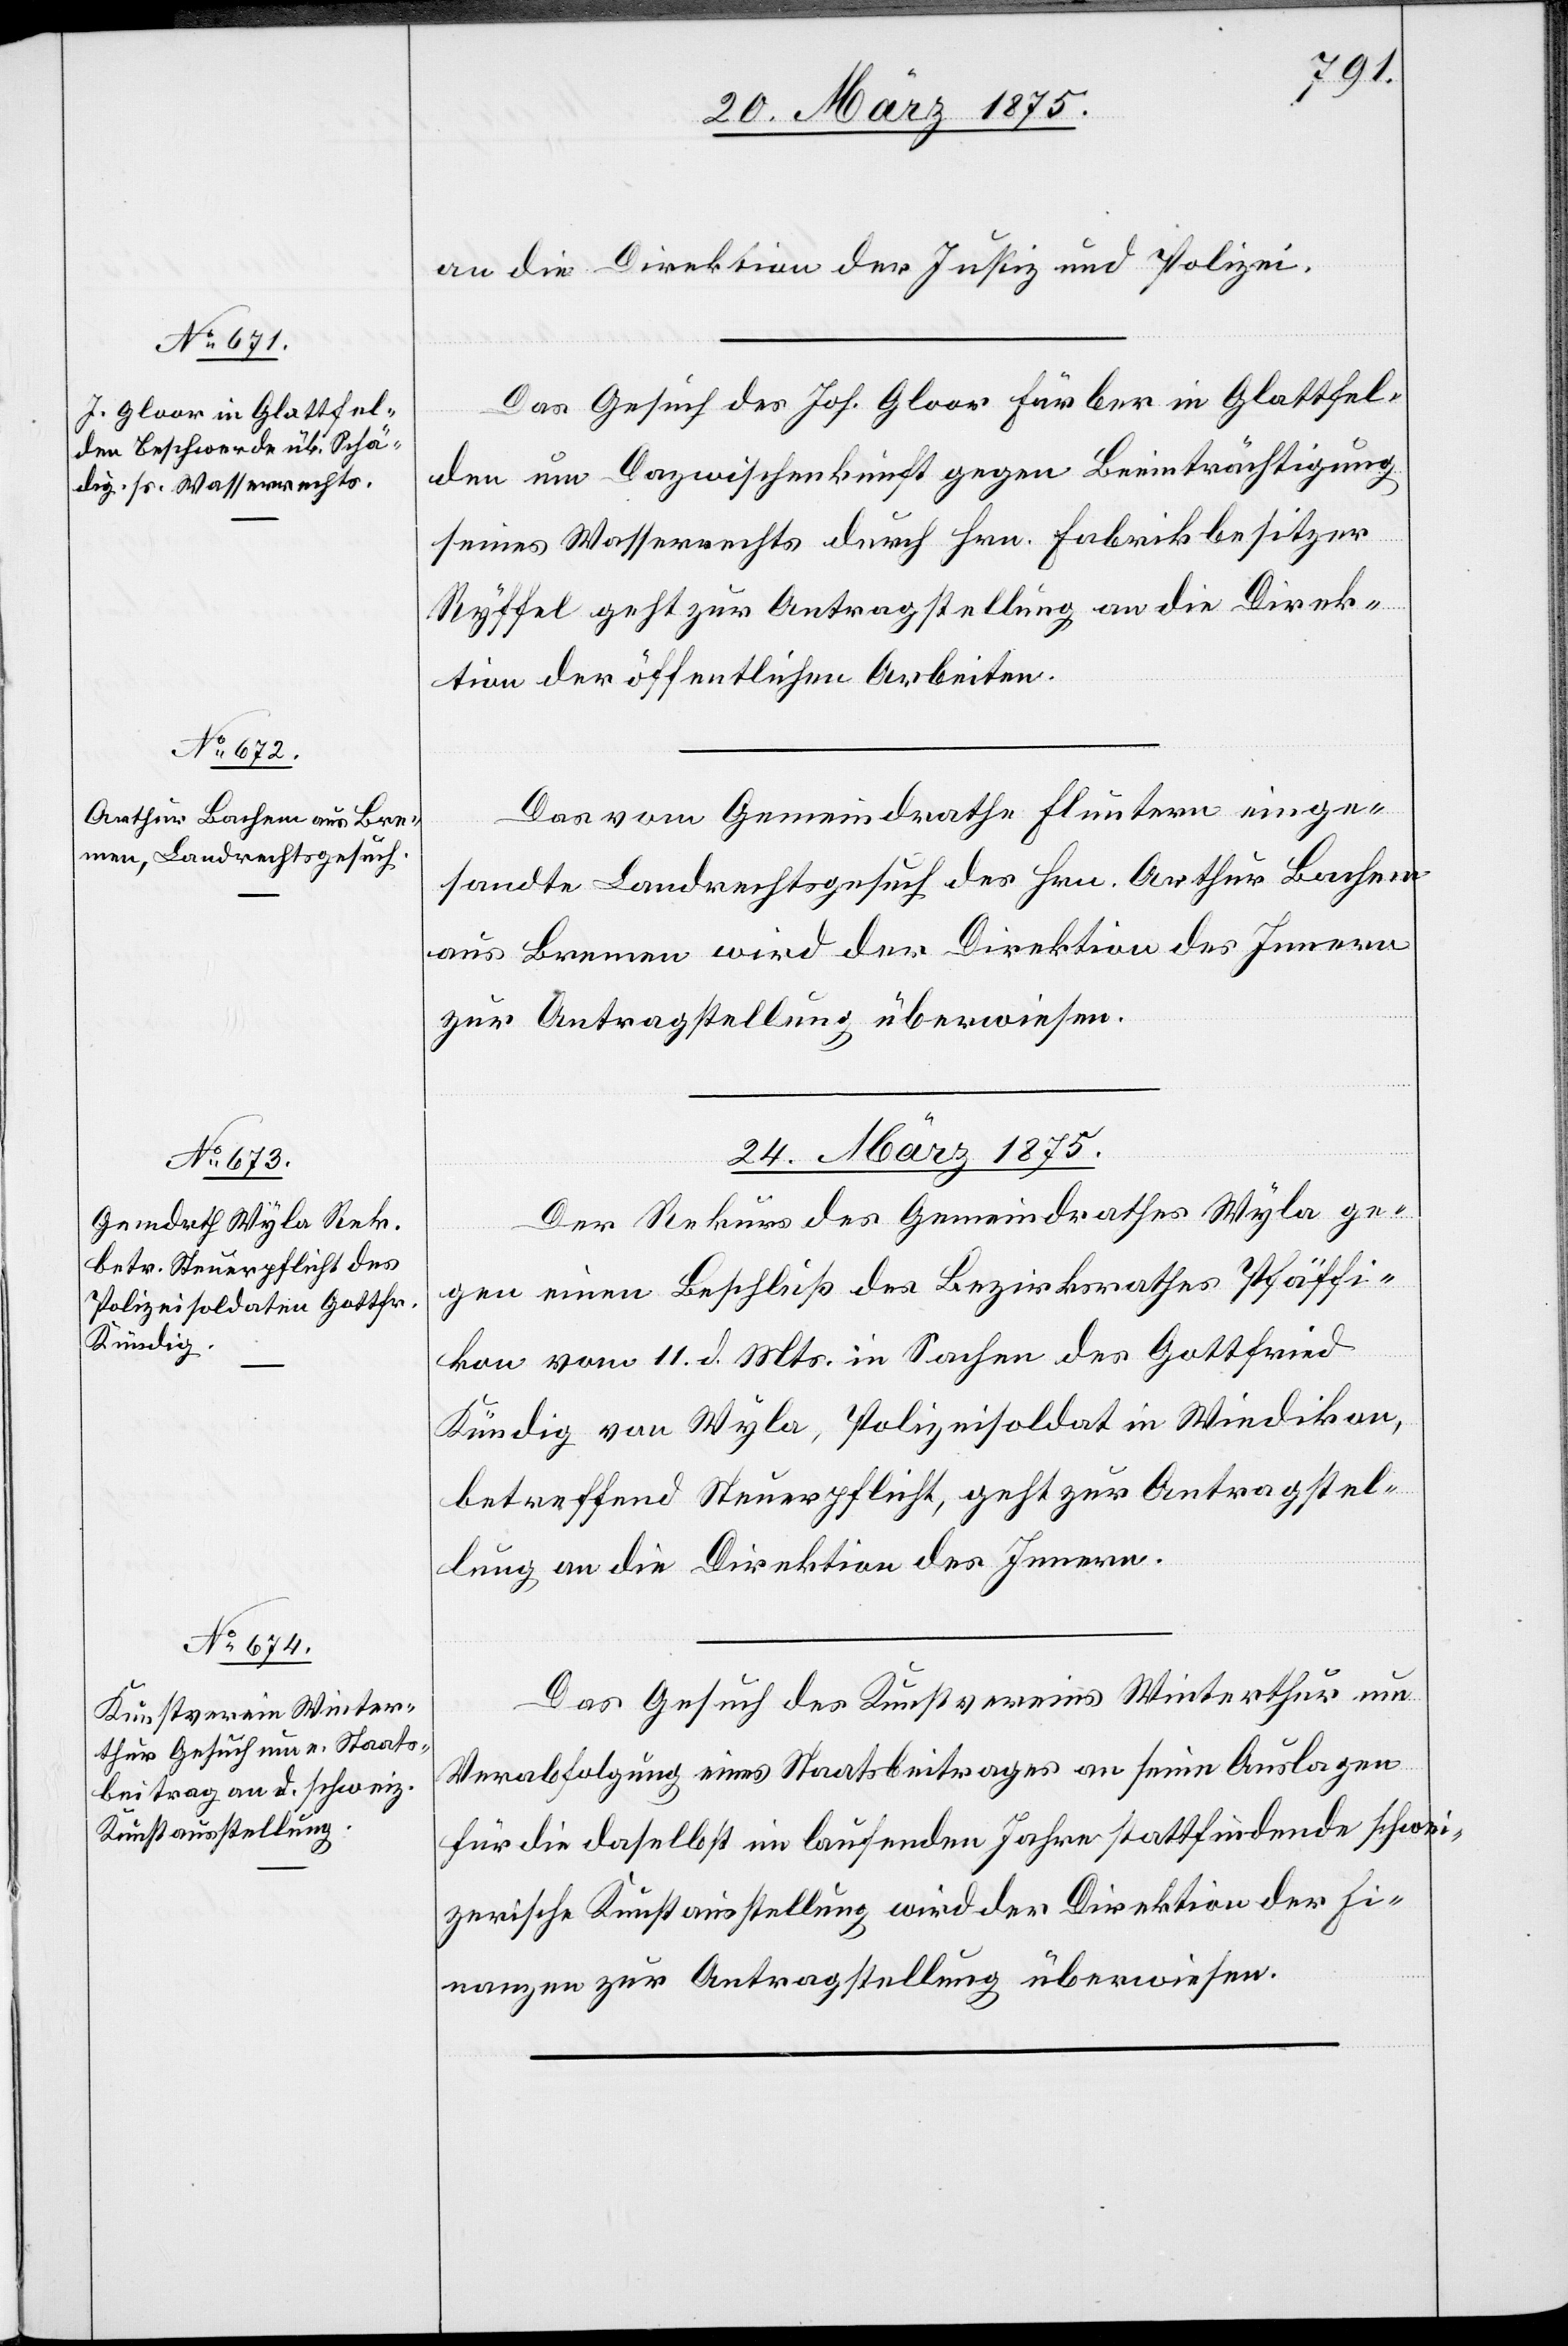
23. März 1875.]
an die Direktion der Justiz und Polizei.
Das Gesuch des Jos. Gloor Färber in Glattfel¬
den um Dazwischenkunft gegen Beeinträchtigung
seines Wasserrechts durch Hrn. Fabrikbesitzer
Ryffel geht zur Antragstellung an die Direk¬
tion der öffentlichen Arbeiten.
Das vom Gemeindrath Fluntern einge¬
sandte Landrechtsgesuch des Hrn. Arthur Bachem
aus Bremen wird der Direktion des Innern
zur Antragstellung überwiesen.
24. März 1875.]
Der Rekurs des Gemeindrathes Wyla ge¬
gen einen Beschluß der Bezirksrathes Pfäffi¬
kon vom 11. d. Mts. in Sachen des Gottfried
Kündig von Wyla, Polizeisoldat in Wiedikon,
betreffend Steuerpflicht, geht zur Antragstel¬
lung an die Direktion des Innern.
Das Gesuch des Kunstvereins Winterthur um
Verabfolgung eines Staatsbeitrages an seine Auslagen
für die daselbst im laufenden Jahre stattfindende schwei¬
zerische Kunstaustellung wird der Direktion der Fi¬
nanzen zur Antragstellung überwiesen.